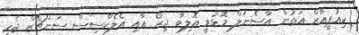
ކިއުޕީއާރް އަތުން އާސެނަލް މޮޅުވީ އޮލިވާ ޖިރޯ އާއި އެލެކްސިސް ސަންޗޭޒް ޖެހި